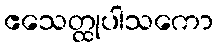
ဧသေတ္ထုပါသကော